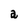
Character: a